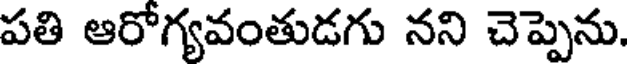
పతి ఆరోగ్యవంతుడగు నని చెప్పెను.